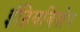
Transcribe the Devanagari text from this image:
इंद्रियविशेष